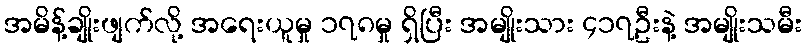
အမိန့်ချိုးဖျက်လို့ အရေးယူမှု ၁၇၈မှု ရှိပြီး အမျိုးသား ၄၁၇ဦးနဲ့ အမျိုးသမီး